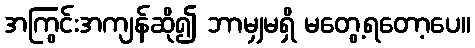
အကြွင်းအကျန်ဆို၍ ဘာမျှမရှိ မတွေ့ရတော့ပေ။